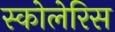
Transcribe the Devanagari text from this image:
स्कोलेरिस